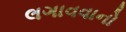
લગાવવાનો